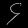
Digit: ၄